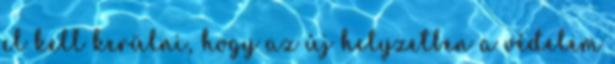
el kell kerülni, hogy az új helyzetben a védelem